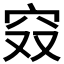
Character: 𰩄